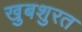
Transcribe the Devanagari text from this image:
खुबशुरत